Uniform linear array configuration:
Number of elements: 48
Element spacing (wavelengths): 0.5
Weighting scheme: blackman
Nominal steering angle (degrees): -30
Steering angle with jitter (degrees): -28.466
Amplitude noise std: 0.05
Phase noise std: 0.05

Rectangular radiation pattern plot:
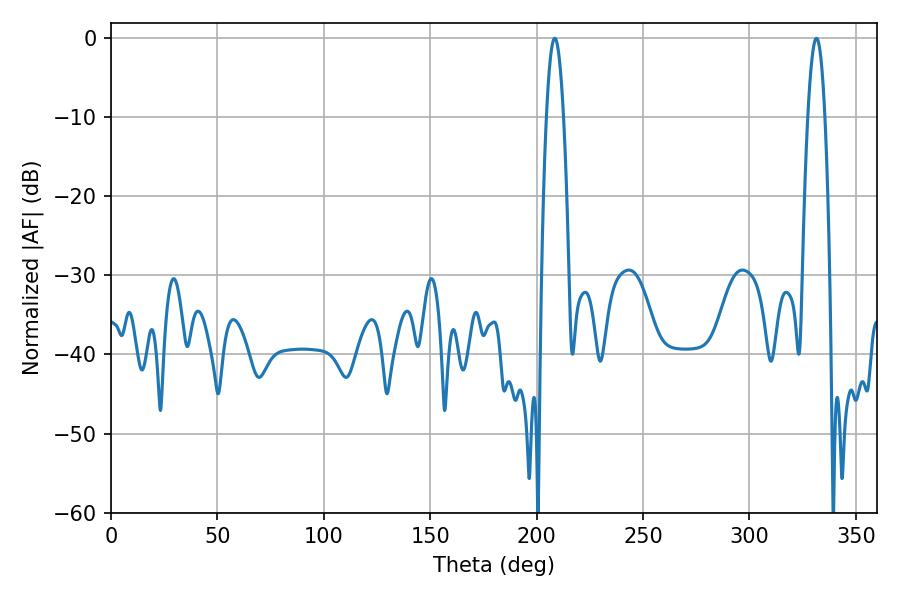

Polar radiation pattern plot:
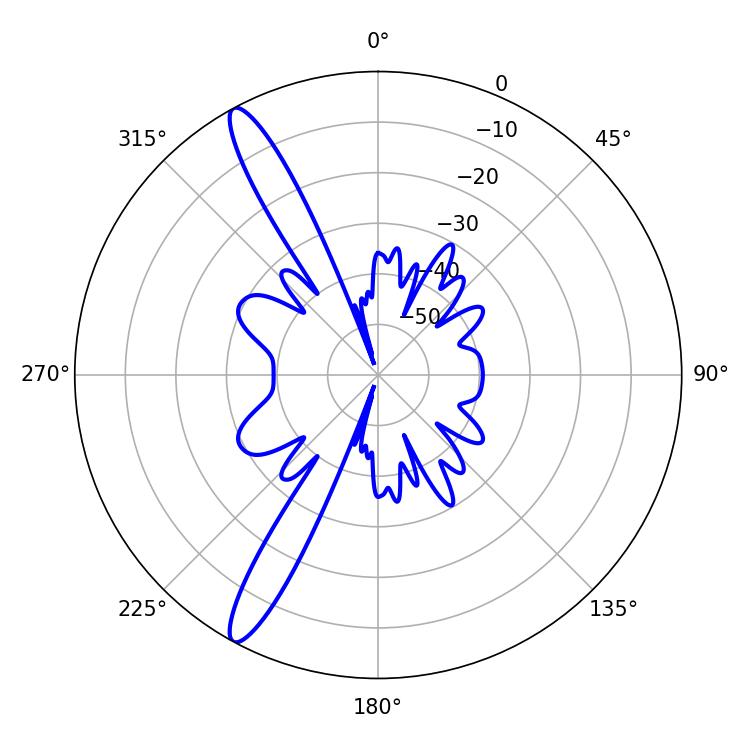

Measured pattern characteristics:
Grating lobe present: FALSE
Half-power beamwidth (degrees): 4.5
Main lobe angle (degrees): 208.44